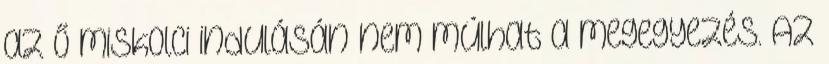
az ő miskolci indulásán nem múlhat a megegyezés. Az